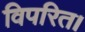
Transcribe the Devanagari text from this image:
विपरित।